Civil Veterinary Department Bengal reports 1923-33 - 1923-1933
Year: 1923
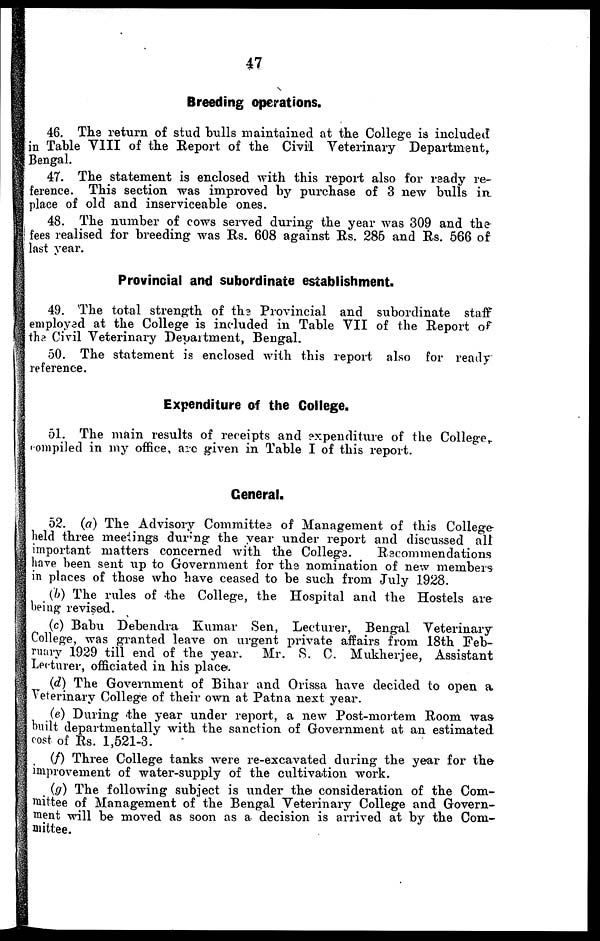
47
Breeding operations.
46. The return of stud bulls maintained at the College is included
in Table VIII of the Report of the Civil Veterinary Department,
Bengal.
47. The statement is enclosed with this report also for ready re-
ference. This section was improved by purchase of 3 new bulls in
place of old and inserviceable ones.
48. The number of cows served during the year was 309 and the
fees realised for breeding was Rs. 608 against Rs. 286 and Rs. 566 of
last year.
Provincial and subordinate establishment.
49. The total strength of the Provincial and subordinate staff
employed at the College is included in Table VII of the Report of
the Civil Veterinary Department, Bengal.
50. The statement is enclosed with this report also for ready
reference.
Expenditure of the College.
51. The main results of receipts and expenditure of the College,
compiled in my office, arc given in Table I of this report.
General.
52. (a) The Advisory Committee of Management of this College-
held three meetings during the year under report and discussed all
important matters concerned with the College.
Recommendations
have been sent up to Government for the nomination of new members
in places of those who have ceased to be such from July 1928.
(It) The rules of the College, the Hospital and the Hostels are
being revised.
(c) Babu Debendra Kumar Sen, Lecturer, Bengal Veterinary
College, was granted leave on urgent private affairs from 18th Feb-
ruary 1929 till end of the year.
Mr. R. C. Mukherjee, Assistant
Lecturer, officiated in his place.
(d) The Government of Bihar and Orissa have decided to open a
Veterinary College of their own at Patna next year.
(e) During the year under report, a new Post-mortem Room was
built departmentally with the sanction of Government at an estimated
cost of Rs. 1,521-3.
(f) Three College tanks were re-excavated during the year for the
improvement of water-supply of the cultivation work.
(g) The following subject is under the consideration of the Com-
mittee of Management of the Bengal Veterinary College and Govern-
ment will be moved as soon as a decision is arrived at by the Com-
mittee.